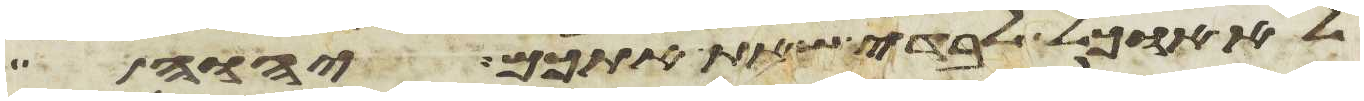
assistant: לא אוכל לבדי שאת אתכם יהוה